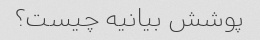
پوشش بیانیه چیست؟